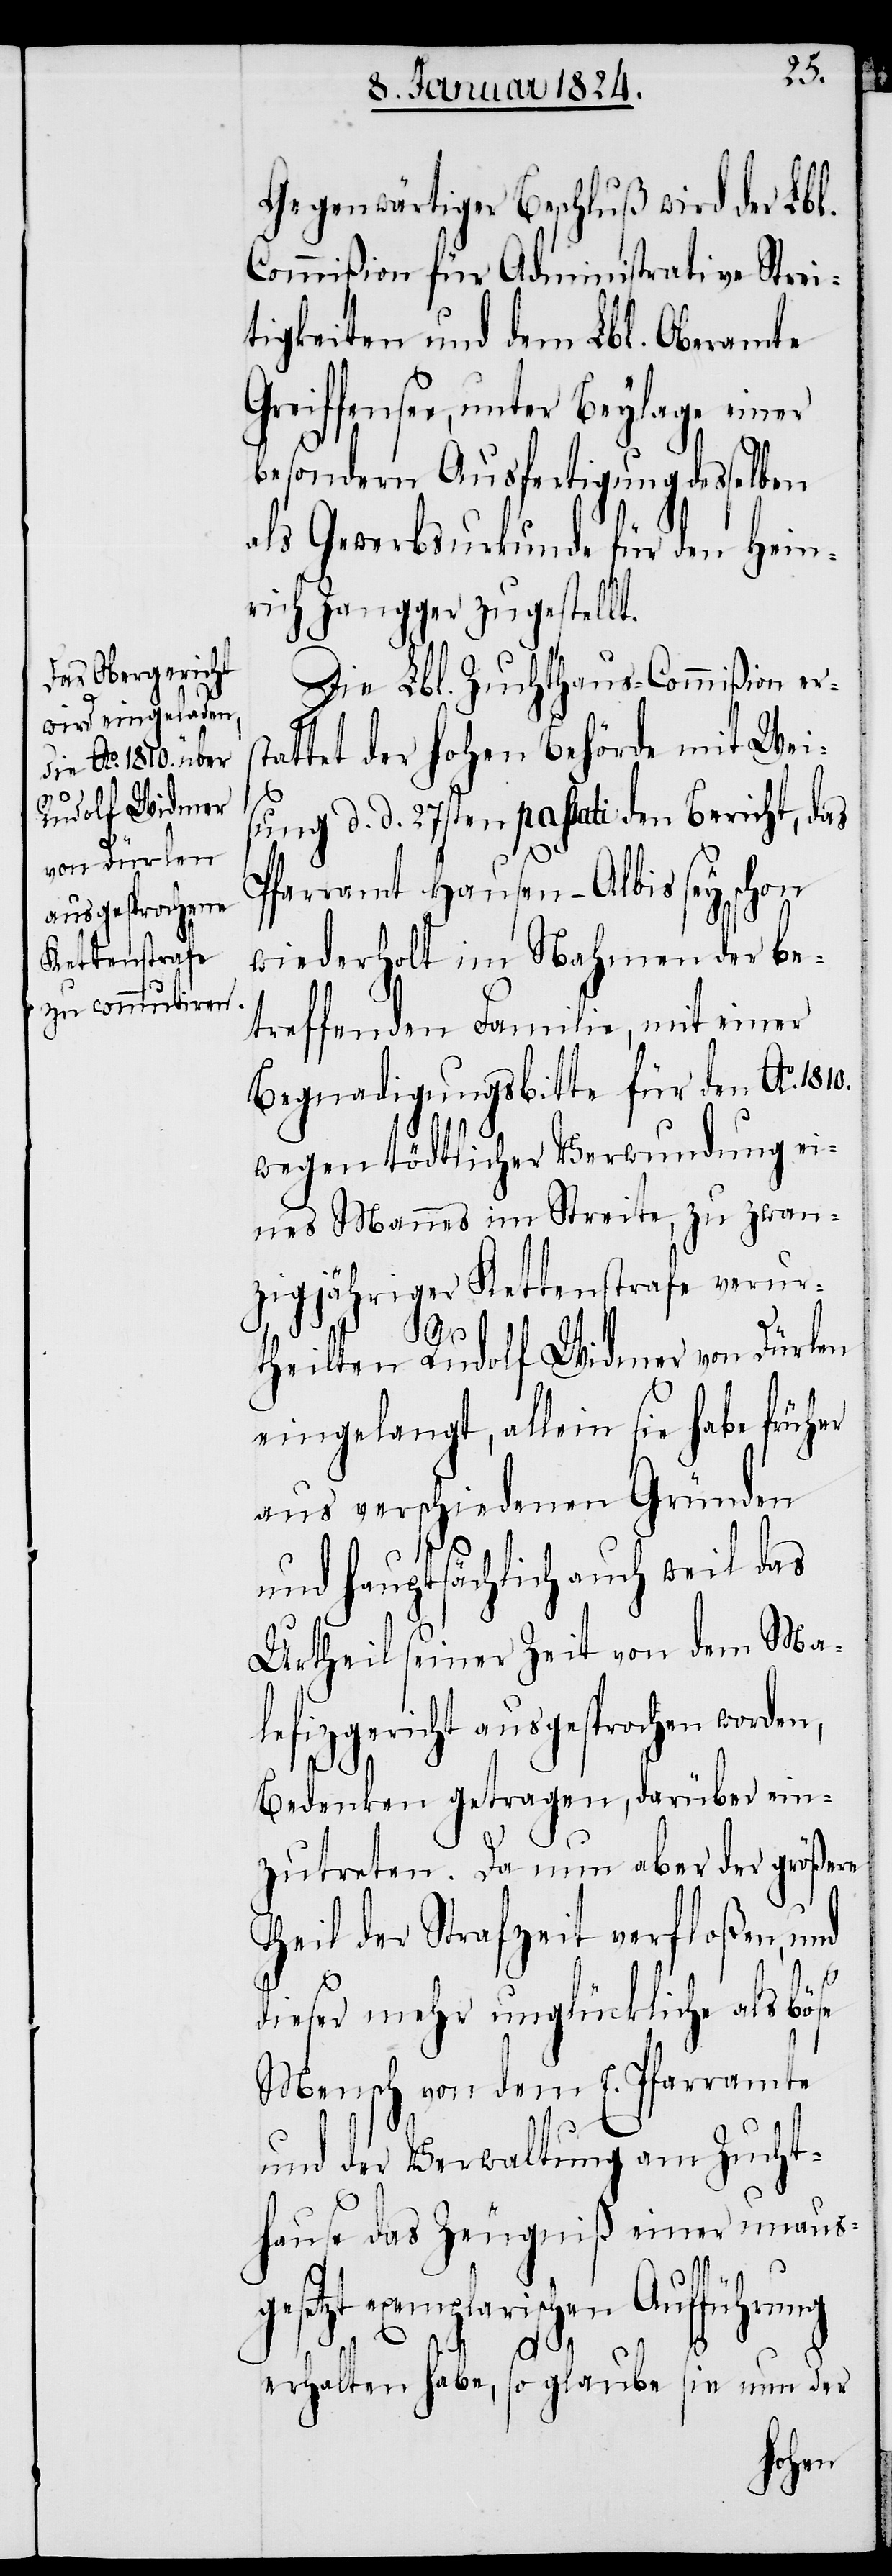
Gegenwärtiger Beschluß wird der Lbl.
Commißion für Administrative Strei¬
tigkeiten und dem Lbl. Oberamte
eiffensee, unter Beylage einer
besondern Ausfertigung desselben
als Gewerbsurkunde für den Hein¬
rich Zangger zugestellt.
Die Lbl. Zuchthaus-Commißion er¬
attet der hohen Behörde mit Wei¬
sung d. d. 27sten passati den Bericht, das
Pfarramt Hausen-Albis sey schon
wiederholt im Nahmen der be¬
treffenden Familie, mit einer
Begnadigungsbitte für den Ao. 1810.
wegen tödtlicher Verwundung ei¬
nes Mannes im Streite, zu zwan¬
zigjähriger Kettenstrafe verur¬
Gr¬
theilten Rudolf Widmer von Dürken
eingelangt, allein sie habe früher
aus verschiedenen Gründen
und hauptsächlich auch wie das
Urtheil seiner Zeit von dem Ma¬
lefizgericht ausgesprochen worden,
Bedenken getragen, darüber ein¬
zutreten. Da nun aber der größere
Theil der Strafzeit verfloßen, und
st¬
dieser mehr unglückliche als böse
Mensch von dem E. Pfarramte
und der Verwaltung am Zucht¬
hause das Zeugniß einer unaus¬
gesetzt exemplarischen Aufführung
erhalten habe, so glaube sie nun der